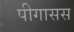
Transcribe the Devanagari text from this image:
पीगासस